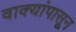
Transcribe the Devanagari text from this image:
वाक्यांपासून